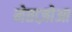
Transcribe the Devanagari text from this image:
मेताज़ोआ